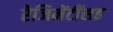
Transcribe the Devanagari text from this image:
रेजिमेंटींसह